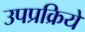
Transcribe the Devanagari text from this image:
उपप्रक्रिये